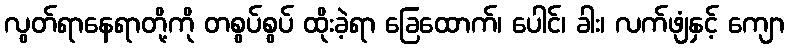
လွတ်ရာနေရာတို့ကို တစွပ်စွပ် ထိုးခဲ့ရာ ခြေထောက်၊ ပေါင်၊ ခါး၊ လက်ဖျံနှင့် ကျော